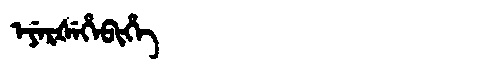
Manchu: ᡝᠶᡝᡵᡧᡝᡥᡝᠪᡳᡥᡝ
Romanization: EYERŠEHEBIHE